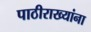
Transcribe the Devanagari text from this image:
पाठीराख्यांना